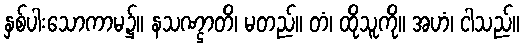
နှစ်ပါးသောကာမ၌။ နသဏ္ဌာတိ၊ မတည်။ တံ၊ ထိုသူကို။ အဟံ၊ ငါသည်။